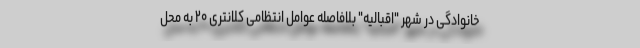
خانوادگی در شهر "اقبالیه" بلافاصله عوامل انتظامی کلانتری ۲۰ به محل